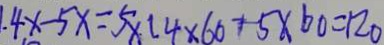
1 . 4 x - 5 x = 5 \times 1 4 \times 6 0 + 5 \times 6 0 = 1 2 0